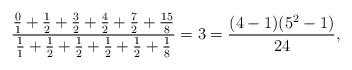
LaTeX: \begin{align*}\frac{\frac01+\frac12+\frac32+\frac42+\frac72+\frac{15}8}{\frac11+\frac12+\frac12+\frac12+\frac12+\frac18}=3=\frac{(4-1)(5^2-1)}{24},\end{align*}